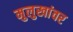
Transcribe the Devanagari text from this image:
मुलुखांवर